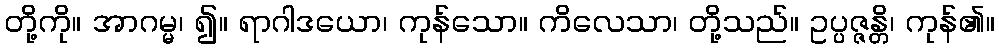
တို့ကို။ အာဂမ္မ၊ ၍။ ရာဂါဒယော၊ ကုန်သော။ ကိလေသာ၊ တို့သည်။ ဥပ္ပဇ္ဇန္တိ၊ ကုန်၏။